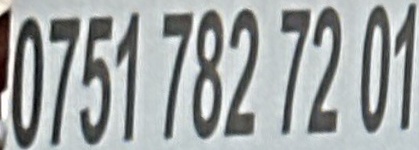
0751 782 72 01